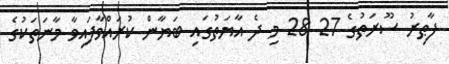
ފާޠިރު ސޫރަތުގެ 27 28 މި ދެ އާޔަތުގައި ބަޔާން ކުރައްވާފައިވާ މާނަތަކުގެ